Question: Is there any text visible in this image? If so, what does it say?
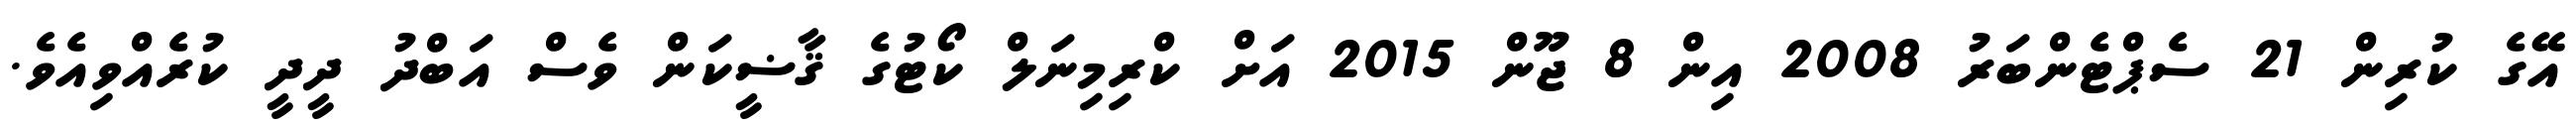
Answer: އޭގެ ކުރިން 21 ސެޕްޓެންބަރު 2008 އިން 8 ޖޫން 2015 އަށް ކްރިމިނަލް ކޯޓުގެ ޤާޟީކަން ވެސް އަބްދު ދީދީ ކުރެއްވިއެވެ.